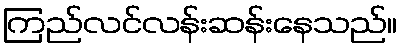
ကြည်လင်လန်းဆန်းနေသည်။